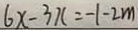
6 x - 3 x = - 1 - 2 m